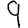
Digit: 9